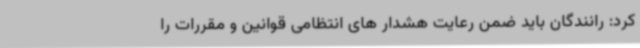
کرد: رانندگان باید ضمن رعایت هشدار های انتظامی قوانین و مقررات را